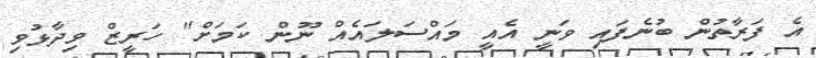
އެ ފަރާތުން ބުނެފައި ވަނީ އެއީ މައްސަލައެއް ނޫން ކަމަށް" ހަރީޒް ވިދާޅުވި